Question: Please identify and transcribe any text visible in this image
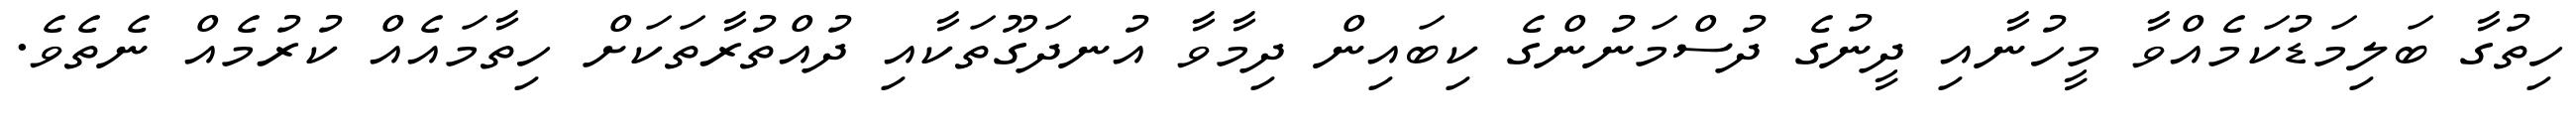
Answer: ހިތުގާ ބަލިމަޑުކަމެއްވާ މީހުނާއި ދީނުގެ ދުސްމަނުންގެ ކިބައިން ދިމާވާ އުނދަގޫތަކާއި ދުއްތުރާތަކަށް ހިތާމައެއް ކުރުމެއް ނެތެވެ.